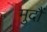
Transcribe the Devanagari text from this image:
मुदौं